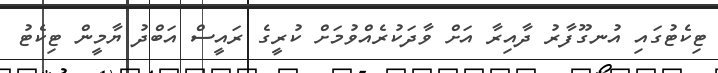
ޓިކެޓުގައި އުނގޫފާރު ދާއިރާ އަށް ވާދަކުރެއްވުމަށް ކުރީގެ ރައީސް އަބްދު ޔާމީން ޓިކެޓު